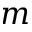
m